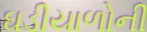
ઘડીયાળોની